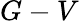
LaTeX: G-V